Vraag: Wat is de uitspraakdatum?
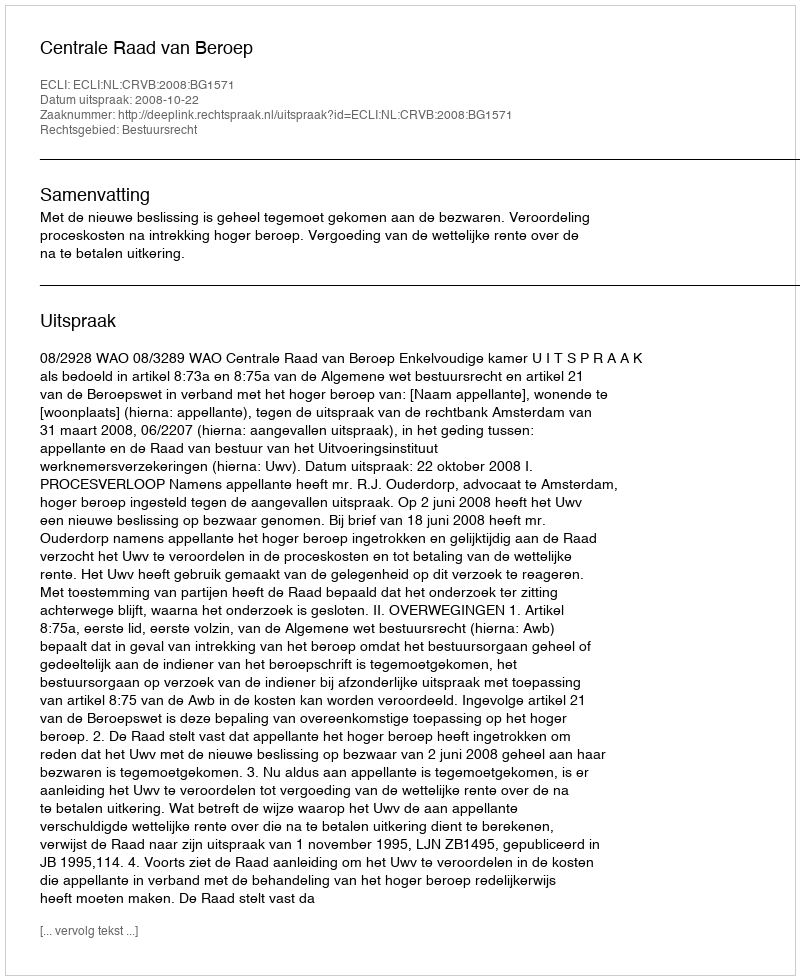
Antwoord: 2008-10-22